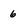
Character: 6